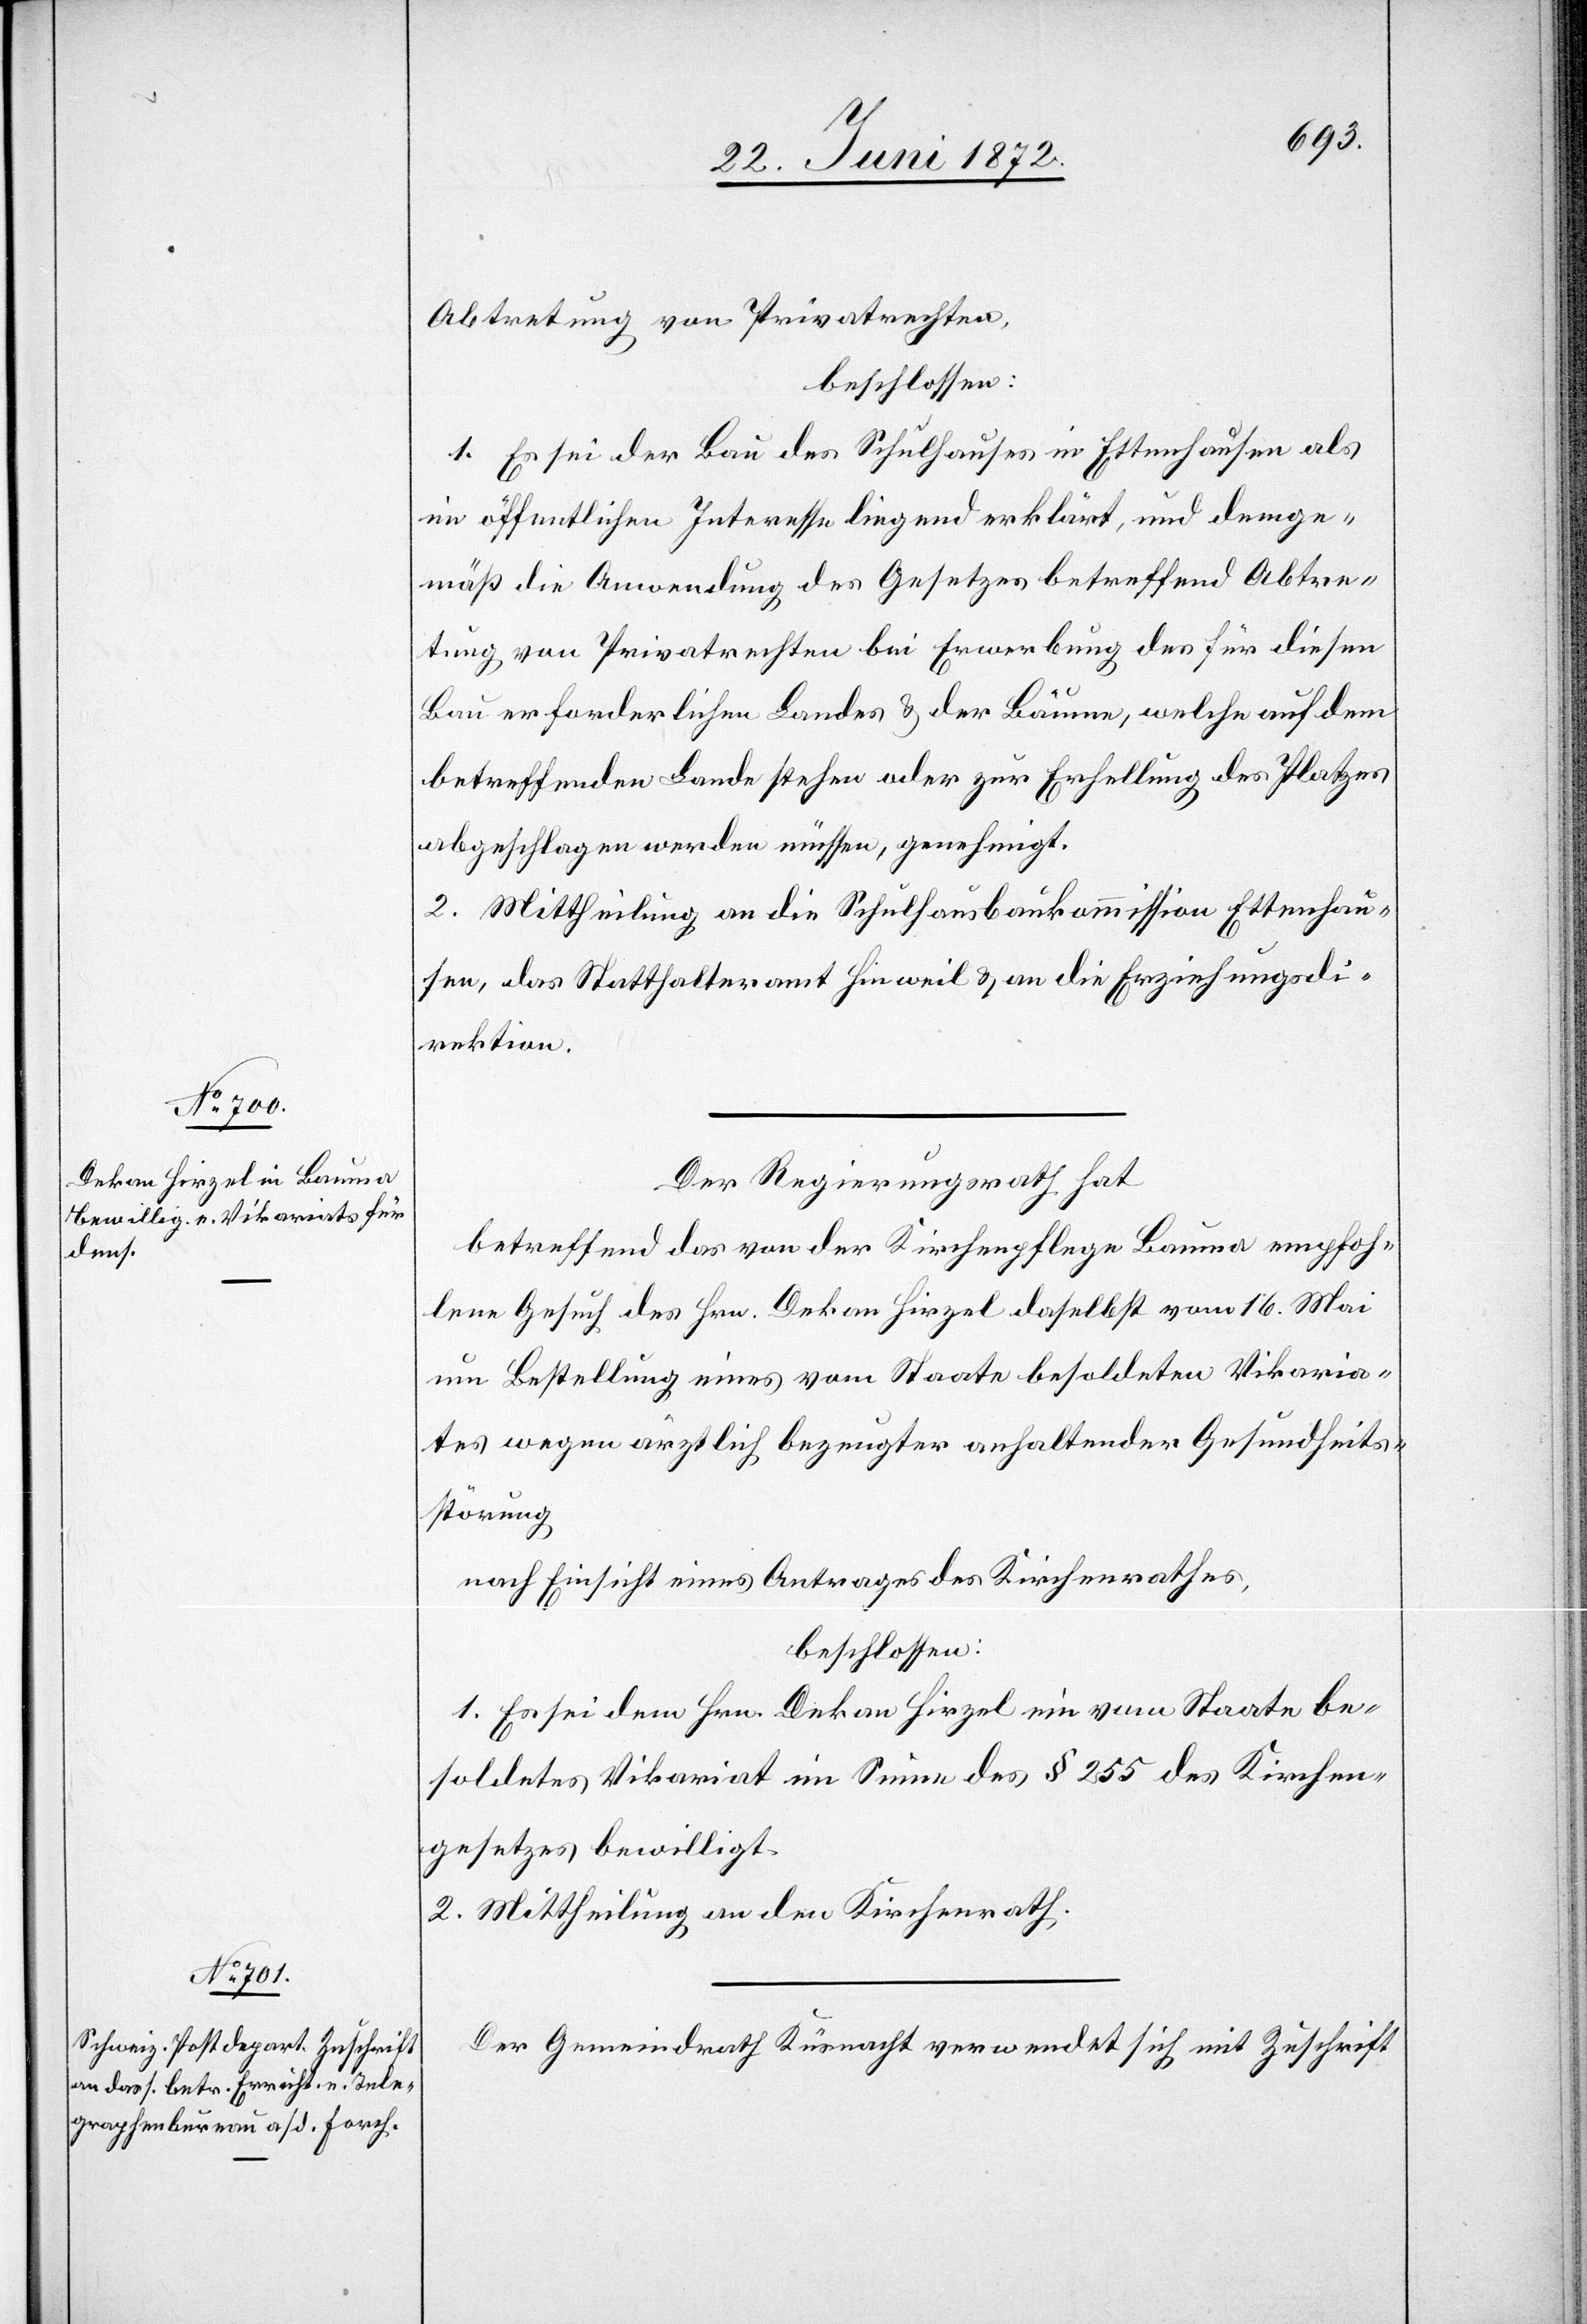
Abtretung von Privatrechten,
beschlossen:
1. Es sei der Bau des Schulhauses in Ettenhausen als
im öffentlichen Interesse liegend erklärt, und demge¬
mäß die Anwendung des Gesetzes betreffend Abtre¬
tung von Privatrechten bei Erwerbung des für diesen
Bau erforderlichen Landes u. der Bäume, welche auf dem
betreffenden Lande stehen oder zur Erhellung des Platzes
abgeschlagen werden müssen, genehmigt.
2. Mittheilung an die Schulhauskommission Ettenhau¬
sen, das Statthalteramt Hinweil u. an die Erziehungsdi¬
rektion.
Der Regierungsrath hat
betreffend das von der Kirchenpflege Bauma empfoh¬
lene Gesuch des Hrn. Dekan Hirzel daselbst vom 16. Mai
um Bestellung eines vom Staate besoldeten Vikaria¬
tes wegen ärztlich bezeugter anhaltender Gesundheits¬
störung
nach Einsicht eines Antrages des Kirchenrathes,
beschlossen:
1. Es sei dem Hrn. Dekan Hirzel ein vom Staate be¬
soldetes Vikariat im Sinne des § 255 des Kirchen¬
gesetzes bewilligt.
2. Mittheilung an den Kirchenrath.
Der Gemeindrath Küsnacht verwendet sich mit Zuschrift